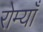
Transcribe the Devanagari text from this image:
रोम्याँ